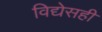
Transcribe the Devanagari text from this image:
विद्येसही